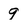
Character: 9